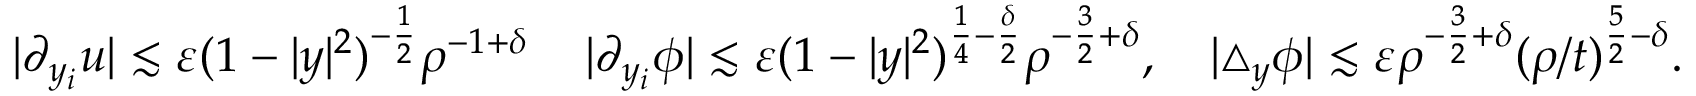
| \partial _ { y _ { i } } u | \lesssim \varepsilon ( 1 - | y | ^ { 2 } ) ^ { - \frac 1 2 } \rho ^ { - 1 + \delta } \, \quad | \partial _ { y _ { i } } \phi | \lesssim \varepsilon ( 1 - | y | ^ { 2 } ) ^ { \frac 1 4 - \frac \delta 2 } \rho ^ { - \frac 3 2 + \delta } , \quad | \triangle _ { y } \phi | \lesssim \varepsilon \rho ^ { - \frac 3 2 + \delta } ( \rho / t ) ^ { \frac 5 2 - \delta } .